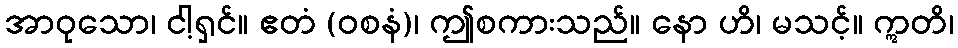
အာဝုသော၊ ငါ့ရှင်။ ဧတံ (ဝစနံ)၊ ဤစကားသည်။ နော ဟိ၊ မသင့်။ ဣတိ၊